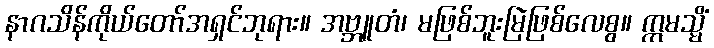
နာဂသိန်ကိုယ်တော်အရှင်ဘုရား။ အဗ္ဘူတံ၊ မဖြစ်ဘူးမြဲဖြစ်လေစွ။ ဣမသ္မိံ